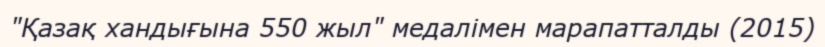
"Қазақ хандығына 550 жыл" медалімен марапатталды (2015)